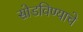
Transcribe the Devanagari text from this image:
सोडविण्याचे